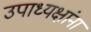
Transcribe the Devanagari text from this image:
उपाध्यक्षांना